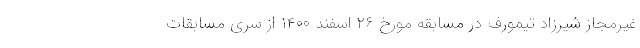
غیرمجاز شیرزاد تیمورف در مسابقه مورخ ۲۶ اسفند ۱۴۰۰ از سری مسابقات